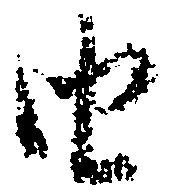
由